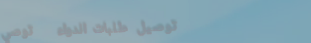
توصيل طلبات الدواء   توصي